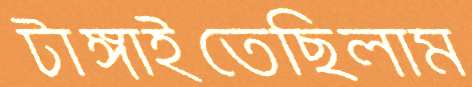
টাঙ্গাইতেছিলাম